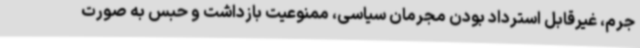
جرم، غیرقابل استرداد بودن مجرمان سیاسی، ممنوعیت بازداشت و حبس به صورت